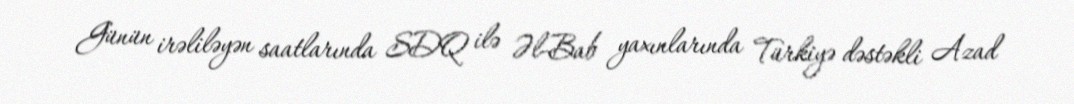
Günün irəliləyən saatlarında SDQ ilə Əl-Bab yaxınlarında Türkiyə dəstəkli Azad